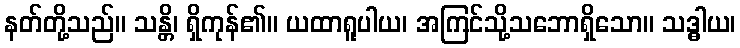
နတ်တို့သည်။ သန္တိ၊ ရှိကုန်၏။ ယထာရူပါယ၊ အကြင်သို့သဘောရှိသော။ သဒ္ဓါယ၊